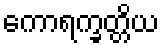
ကောရက္ခတ္တိယ